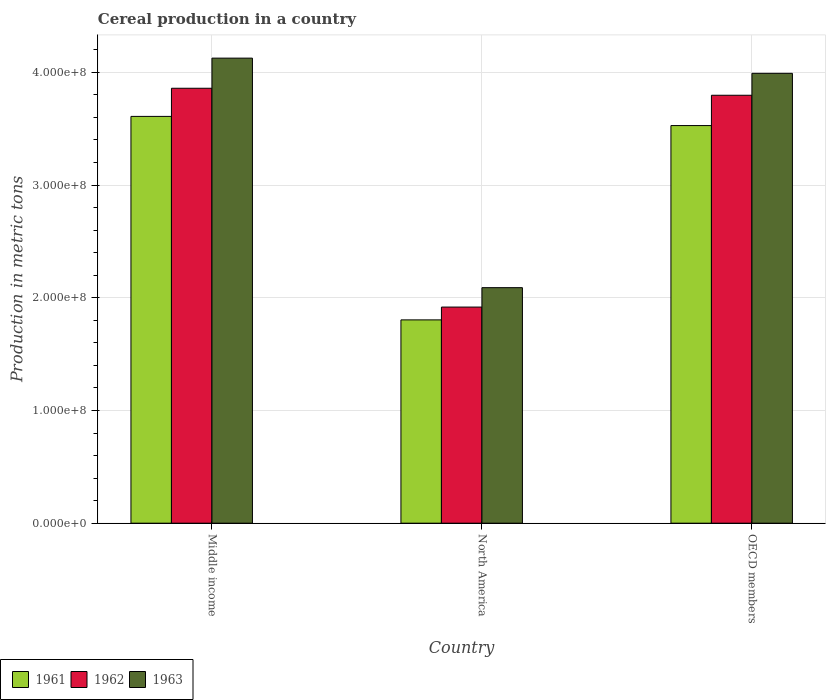
| Country | 1961 | 1962 | 1963 |
 | --- | --- | --- | --- |
 | Middle income | 3.61e+08 | 3.86e+08 | 4.13e+08 |
 | North America | 1.8e+08 | 1.92e+08 | 2.09e+08 |
 | OECD members | 3.53e+08 | 3.8e+08 | 3.99e+08 |